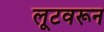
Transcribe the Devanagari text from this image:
लूटवरून